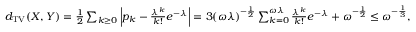
\begin{array} { r } { d _ { \mathrm { T V } } ( X , Y ) = \frac { 1 } { 2 } \sum _ { k \geq 0 } \left| p _ { k } - \frac { \lambda ^ { k } } { k ! } e ^ { - \lambda } \right| = 3 ( \omega \lambda ) ^ { - \frac { 1 } { 2 } } \sum _ { k = 0 } ^ { \omega \lambda } \frac { \lambda ^ { k } } { k ! } e ^ { - \lambda } + \omega ^ { - \frac { 1 } { 2 } } \leq \omega ^ { - \frac { 1 } { 3 } } , } \end{array}